Leaving Certificate Examination, 1920
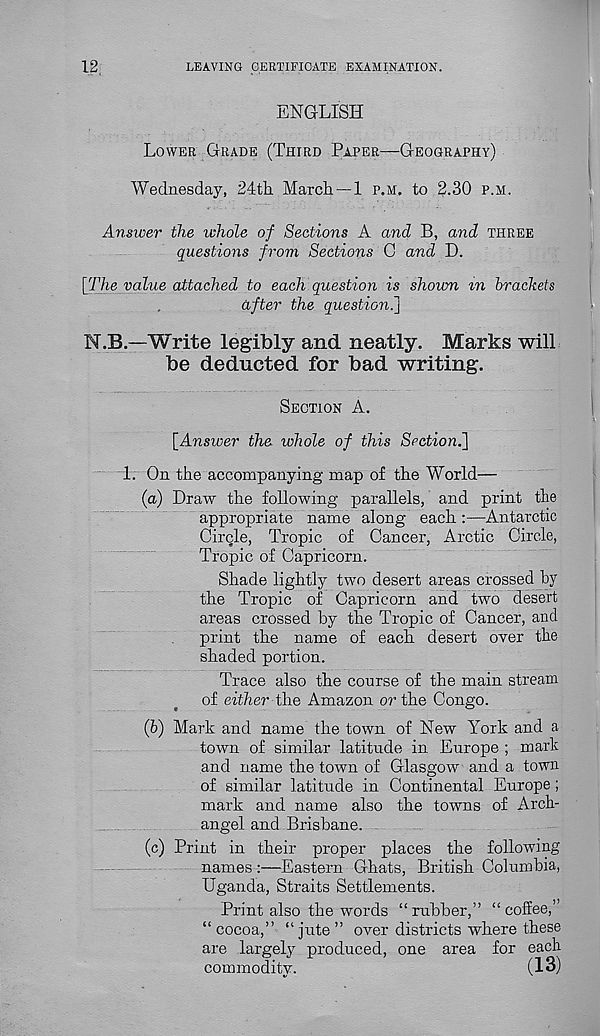
12
LEAVING CERTIFICATE EXAMINATION.
ENGLISH
LOWER GRADE (THIRD PAPER—GEOGRAPHY)
Wednesday, 24th March —1 P.M, to 2.30 P.M.
Answer the whole of Sections A and B, and THREE
questions from Sections G and D.
[The value attached to each question is shown m brackets
after the question^]
N.B.—Write legibly and neatly. Marks will
be deducted for bad writing.
SECTION A.
[Answer the whole of this Section.]
1. On the accompanying map of the World—
(a) Draw the following parallels, and print the
appropriate name along each :—Antarctic
Circle, Tropic of Cancer, Arctic Circle,
Tropic of Capricorn.
Shade lightly two desert areas crossed hy
the Tropic of Capricorn and two desert
areas crossed by the Tropic of Cancer, and
print the name of each desert over the
shaded portion.
Trace also the course of the main stream
of either the Amazon or the Congo.
(b) Mark and name the town of New York and a
town of similar latitude in Europe ; mark
and name the town of Glasgow and a town
of similar latitude in Continental Europe ;
mark and name also the towns of Arch-
angel and Brisbane.
(c) Print in their proper places the following
names :—Eastern Ghats, British Columbia,
Uganda, Straits Settlements.
Print also the words “rubber,” “coffee,”
“ cocoa,” “ jute ” over districts where these
are largely produced, one area for each
commodity.
(13)